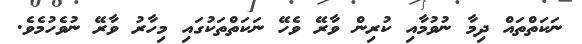
ނަކަތްތައް ދިމާ ނުވުމާއި ކުރިން ވާރޭ ވެހޭ ނަކަތްތަކުގައި މިހާރު ވާރޭ ނުވެހުމެވެ.